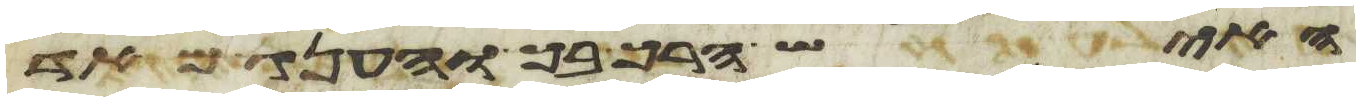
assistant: האיש הרך בך והענג מאד